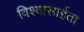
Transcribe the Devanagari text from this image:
विश्‍वासार्हता